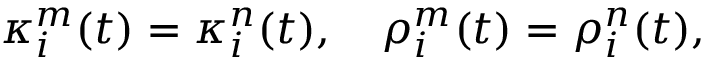
\begin{array} { r } { \kappa _ { i } ^ { m } ( t ) = \kappa _ { i } ^ { n } ( t ) , \quad \rho _ { i } ^ { m } ( t ) = \rho _ { i } ^ { n } ( t ) , } \end{array}